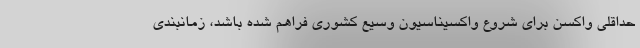
حداقلی واکسن برای شروع واکسیناسیون وسیع کشوری فراهم شده باشد، زمانبندی